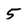
Character: 5